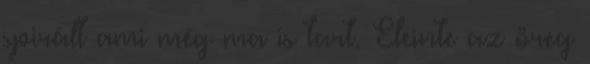
spirált ami még ma is tart. Eleinte az öreg